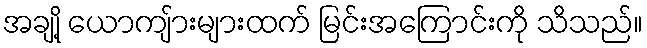
အချို့ ယောကျ်ားများထက် မြင်းအကြောင်းကို သိသည်။